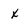
Character: x